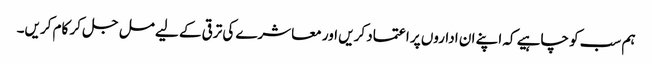
ہم سب کو چاہیے کہ اپنے ان اداروں پر اعتماد کریں اور معاشرے کی ترقی کے لیے مل جل کر کام کریں۔